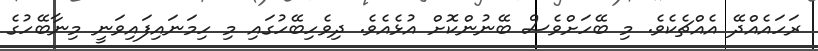
ރަހައެއްދޭ އެއްޗެކެވެ. މި ބޭހަށްވެސް ބޭނުންކޮށް އުޅެއެވެ. ދިވެހިބޭހުގައި މި ހިމަނައިފައިވަނީ މިނާބޭހުގެ